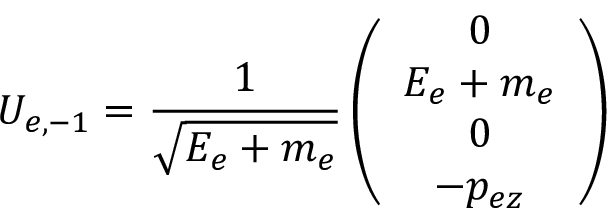
U _ { e , - 1 } = \frac { 1 } { \sqrt { E _ { e } + m _ { e } } } \left( \begin{array} { c } { { 0 } } \\ { { E _ { e } + m _ { e } } } \\ { { 0 } } \\ { { - p _ { e z } } } \end{array} \right)